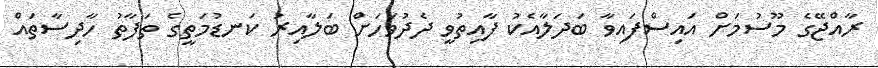
ރާއްޖޭގެ މޫސުމަށް އައިސްފައިވާ ބަދަލާއެކު ފާއިތުވީ ދެދުވަހަށް ބަލާއިރު ކަނޑުމަތީގެ ތަފާތު ހާދިސާތައް